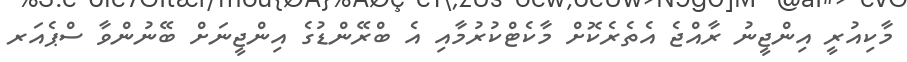
މާކިއުރީ އިންޖީނު ރާއްޖެ އެތެރެކޮށް މާކެޓްކުރުމާއި އެ ބްރޭންޑުގެ އިންޖީނަށް ބޭނުންވާ ސްޕެއަރ